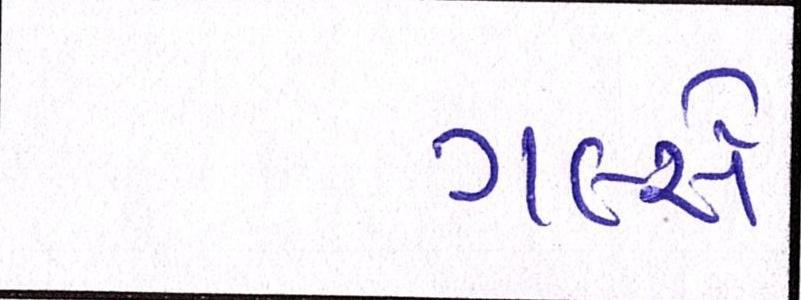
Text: ગર્લ્સે